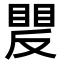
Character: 𥈍